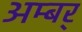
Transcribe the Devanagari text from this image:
अम्बर्